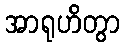
အာရုဟိတွာ